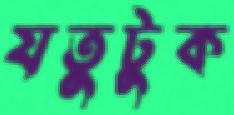
যতুটুক